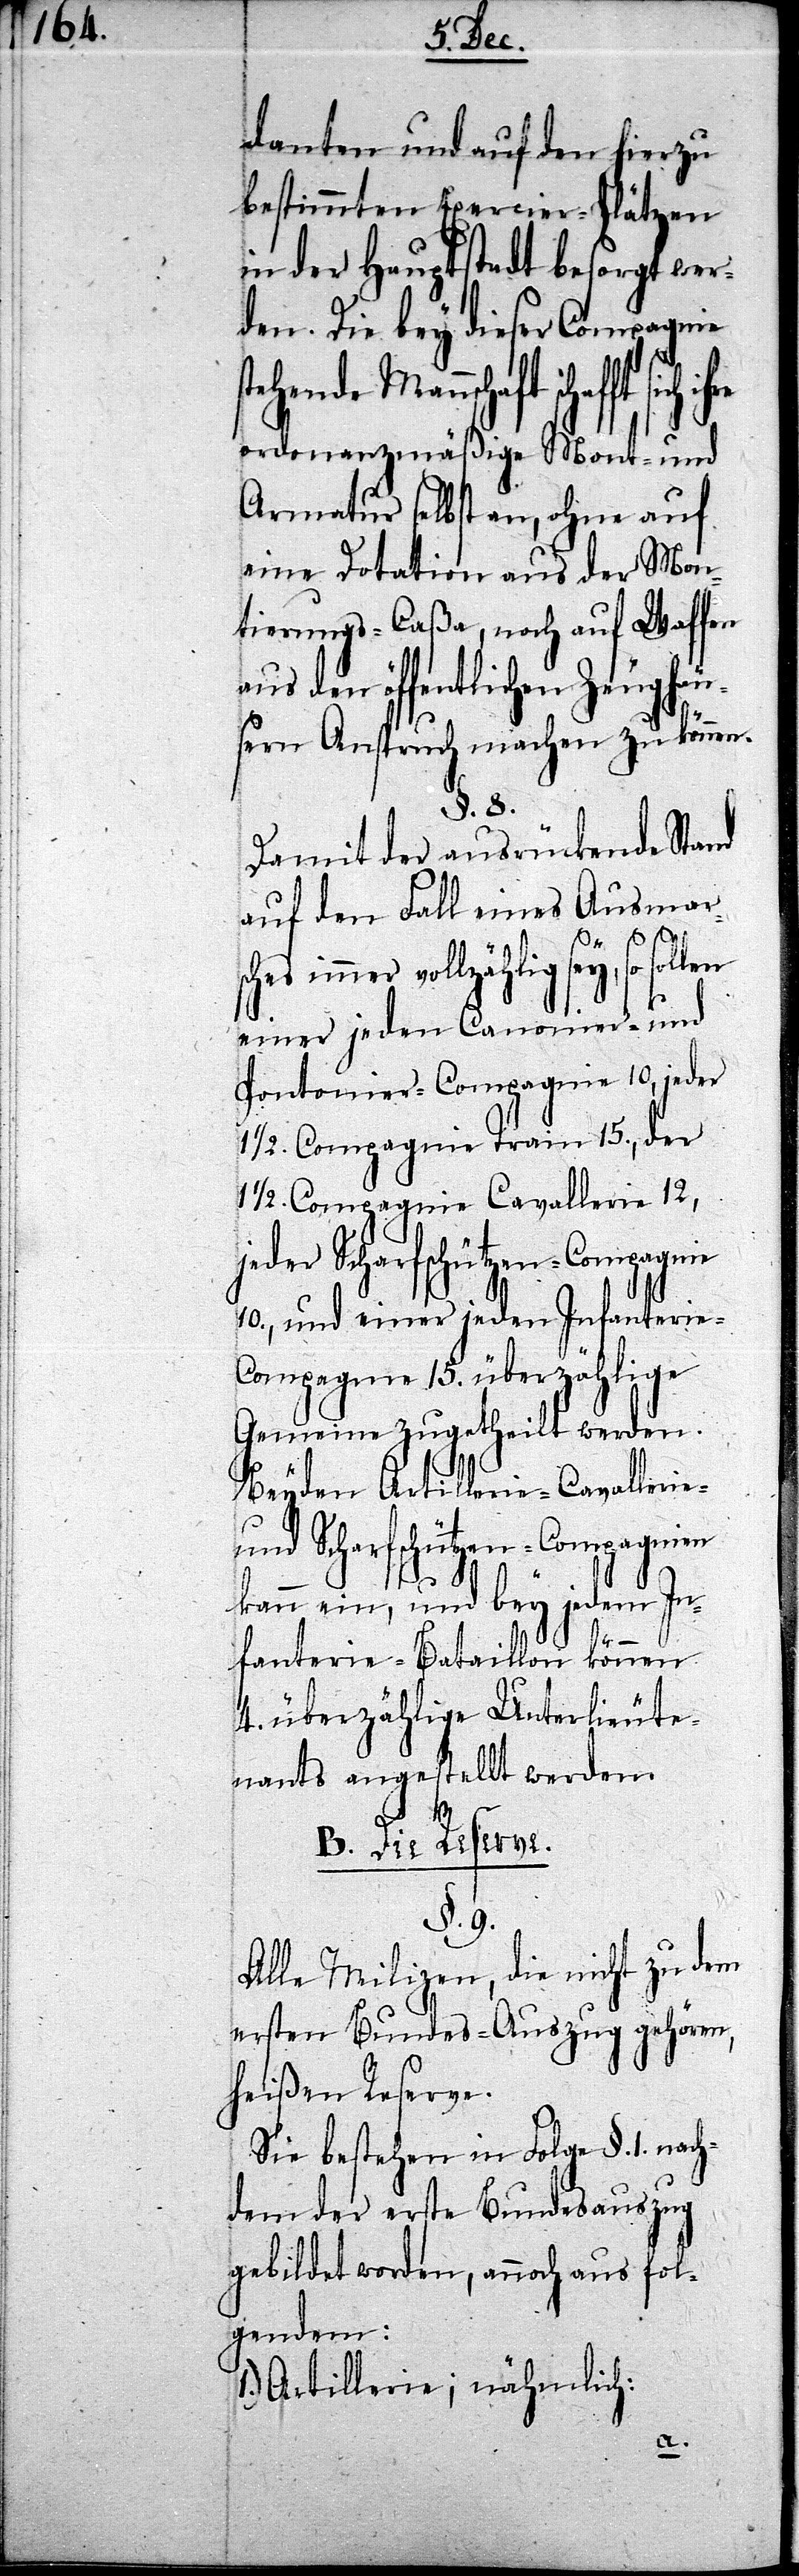
danten und auf den hierzu
bestimmten Exercier-Plätzen
in der Hauptstadt besorgt wer¬
den. Die bey dieser Compagnie
sches immer vollzä¬
ordonanzmäßige Mont- und
Armatur selbst an, ohne auf
eine Dotation aus der Mon¬
tierungs-Caßa, noch auf Waffen
aus den öffentlichen Zeughäu¬
sern Anspruch machen zu können.
§. 8.
Damit der ausrückende Stand
auf den Fall eines Ausmar¬
hlig sey, so sollen
einer jeden Canonier- und
Pontonier-Compagnie 10, jeder
1/2. Compagnie Train 15., der
1/2. Compagnie Cavallerie 12,
jeder Scharfschützen-Compagnie
10., und einer jeden Infanterie-C¬
ompagnie 15. überzählige
Gemeine zugetheilt werden.
Beyden Artillerie- Cavallerie-
und Scharfschützen-Compagnien
kann ein, und bey jedem In¬
fanterie-Bataillon können
4. überzählige Unterlieute¬
nants angestellt werden[.]
B. Die Reserve
§. 9.
Alle Milizen, die nicht zu dem
ersten Bundes-Auszug gehören,
heißen Reserve.
Sie bestehen in Folge §. 1. nach¬
dem der erste Bundesauszug
gebildet worden, annoch aus fol¬
gendem:
1.) Artillerie; nähmlich: